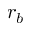
r _ { b }